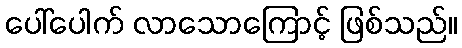
ပေါ်ပေါက် လာသောကြောင့် ဖြစ်သည်။